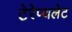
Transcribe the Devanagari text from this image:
टेरेप्थलेट